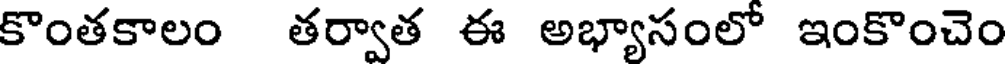
కొంతకాలం తర్వాత ఈ అభ్యాసంలో ఇంకొంచెం